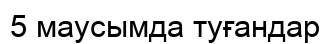
5 маусымда туғандар